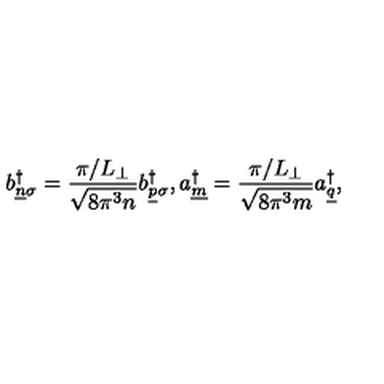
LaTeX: b _ { \underline { { n } } \sigma } ^ { \dagger } = \frac { \pi / L _ { \perp } } { \sqrt { 8 \pi ^ { 3 } n } } b _ { \underline { { p } } \sigma } ^ { \dagger } , a _ { \underline { { m } } } ^ { \dagger } = \frac { \pi / L _ { \perp } } { \sqrt { 8 \pi ^ { 3 } m } } a _ { \underline { { q } } } ^ { \dagger } ,